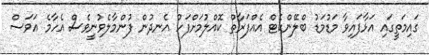
ގައިމަތީގައި އަޅާފައިވާ މަޑުމަޑު ބްލޭންކެޓް އެއްފަރާތް ކޮއްލުމަށްފަހު އެނދުން ފުންމާލެވުނީވެސް އެހާމެ އަވަސް